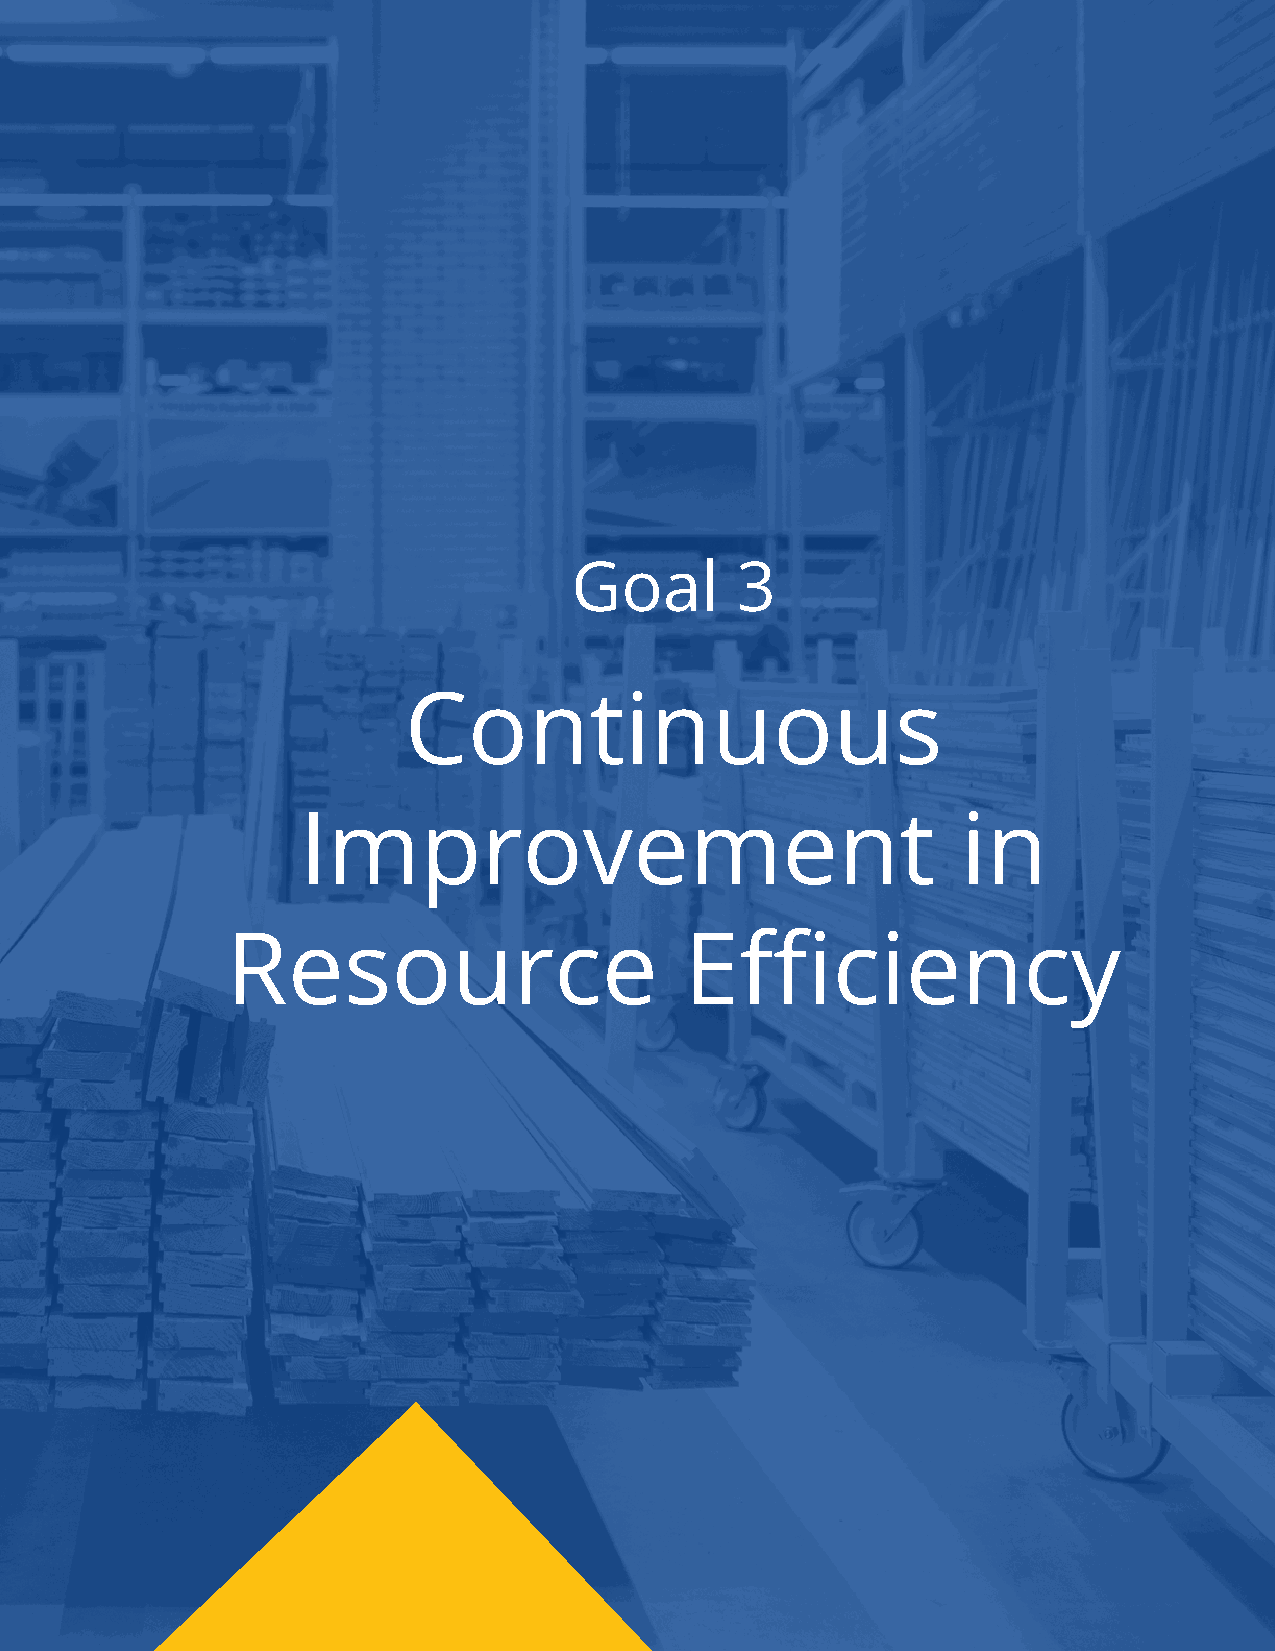
Goal       3
 Continuous
 Improvement                                 in
 Resource                      Efficiency